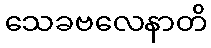
သေခဗလေနာတိ